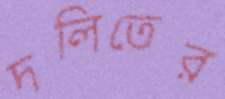
দলিতের